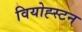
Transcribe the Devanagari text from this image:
वियोह्स्टन